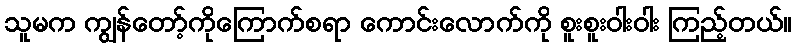
သူမက ကျွန်တော့်ကိုကြောက်စရာ ကောင်းလောက်ကို စူးစူးဝါးဝါး ကြည့်တယ်။